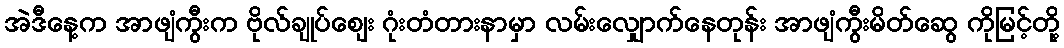
အဲဒီနေ့က အာဖျံကွီးက ဗိုလ်ချုပ်ဈေး ဂုံးတံတားနာမှာ လမ်းလျှောက်နေတုန်း အာဖျံကွီးမိတ်ဆွေ ကိုမြင့်တို့